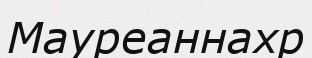
Мауреаннахр